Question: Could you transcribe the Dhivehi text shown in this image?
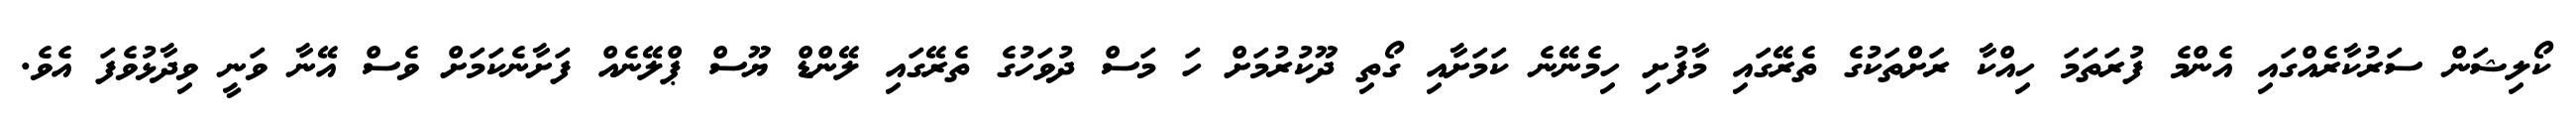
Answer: ކޯލިޝަން ސަރުކާރެއްގައި އެންމެ ފުރަތަމަ ހިއްކާ ރަށްތަކުގެ ތެރޭގައި މާފުށި ހިމެނޭނެ ކަމަށާއި ގޯތި ދޫކުރުމަށް ހަ މަސް ދުވަހުގެ ތެރޭގައި ލޭންޑް ޔޫސް ޕްލޭނެއް ފަށާނެކަމަށް ވެސް އޭނާ ވަނީ ވިދާޅުވެފަ އެވެ.